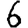
Digit: 6